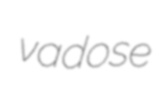
vadose